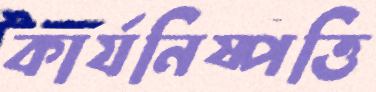
কার্যনিষ্পত্তি